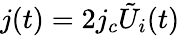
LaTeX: j(t)=2j_{c}\tilde{U}_{i}(t)